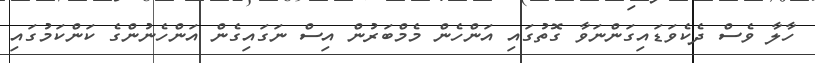
ހާލާ ވެސް ދެކެވަޑައިގަންނަވާ ގޮތުގައި އަންހެން މެމްބަރުން އިސް ނަގައިގެން އަންހެނުންގެ ކަންކަމުގައި